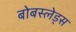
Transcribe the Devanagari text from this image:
बोबस्लेड्स